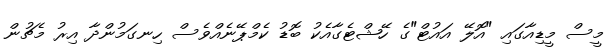
މީސް މީޑިއާގައި "އޮލޭ އައުޓް"ގެ ހޭޝްޓެގާއެކު ބޮޑު ކެމްޕޭނެއްވެސް ހިނގަމުންދާ އިރު މެޗުން